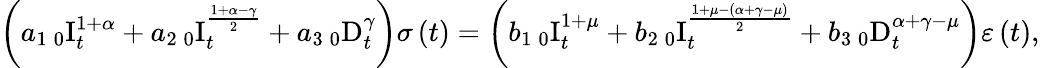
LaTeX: \left(a_{1}\, _{0}\mathrm{I}_{t}^{1+\alpha}+a_{2}\, _{0}\mathrm{I}_{t}^{\frac{1+\alpha-\gamma}{2}}+a_{3}\, _{0}\mathrm{D}_{t}^{\gamma}\right)\sigma\left(t\right)=\left(b_{1}\, _{0}\mathrm{I}_{t}^{1+\mu}+b_{2}\, _{0}\mathrm{I}_{t}^{\frac{1+\mu-\left(\alpha+\gamma-\mu\right)}{2}}+b_{3}\, _{0}\mathrm{D}_{t}^{\alpha+\gamma-\mu}\right)\varepsilon\left(t\right),